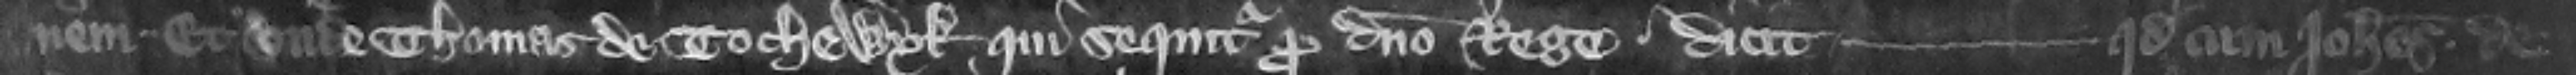
nem. Et vnde Thomas de Tochewyk qui sequitur pro domino rege dicit --- quod cum Iohannes de